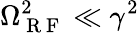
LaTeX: \Omega_{\mathrm{~R~F~}}^{2}\ll\gamma^{2}